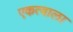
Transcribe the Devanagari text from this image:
एकत्वाला